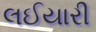
લઈયારી